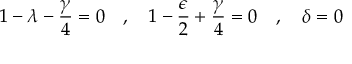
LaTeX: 1 - \lambda - \frac { \gamma } { 4 } = 0 \ \ \ , \ \ \ 1 - \frac { \epsilon } { 2 } + \frac { \gamma } { 4 } = 0 \ \ \ , \ \ \ \delta = 0